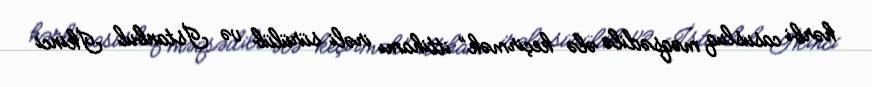
hərbi casusluq məqsədilə ələ keçirmək” ittihamı irəli sürülüb və İstanbul İkinci